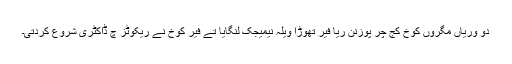
دو وریاں مگروں کوخ کج چر پوزنن ریا فیر تھوڑا ویلہ نیمیجک لنگایا تے فیر کوخ نے ریکوٹز چ ڈاکٹری شروع کردتی۔